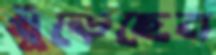
খুঁড়েছেন